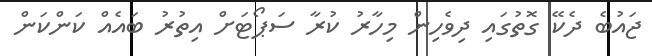
ޖައުބެ ދެކޭ ގޮތުގައި ދިވެހިން މިހާރު ކުރާ ސަޕޯޓަށް އިތުރު ބައެއް ކަންކަން